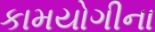
કામયોગીના